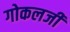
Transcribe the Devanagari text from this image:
गोकलजी